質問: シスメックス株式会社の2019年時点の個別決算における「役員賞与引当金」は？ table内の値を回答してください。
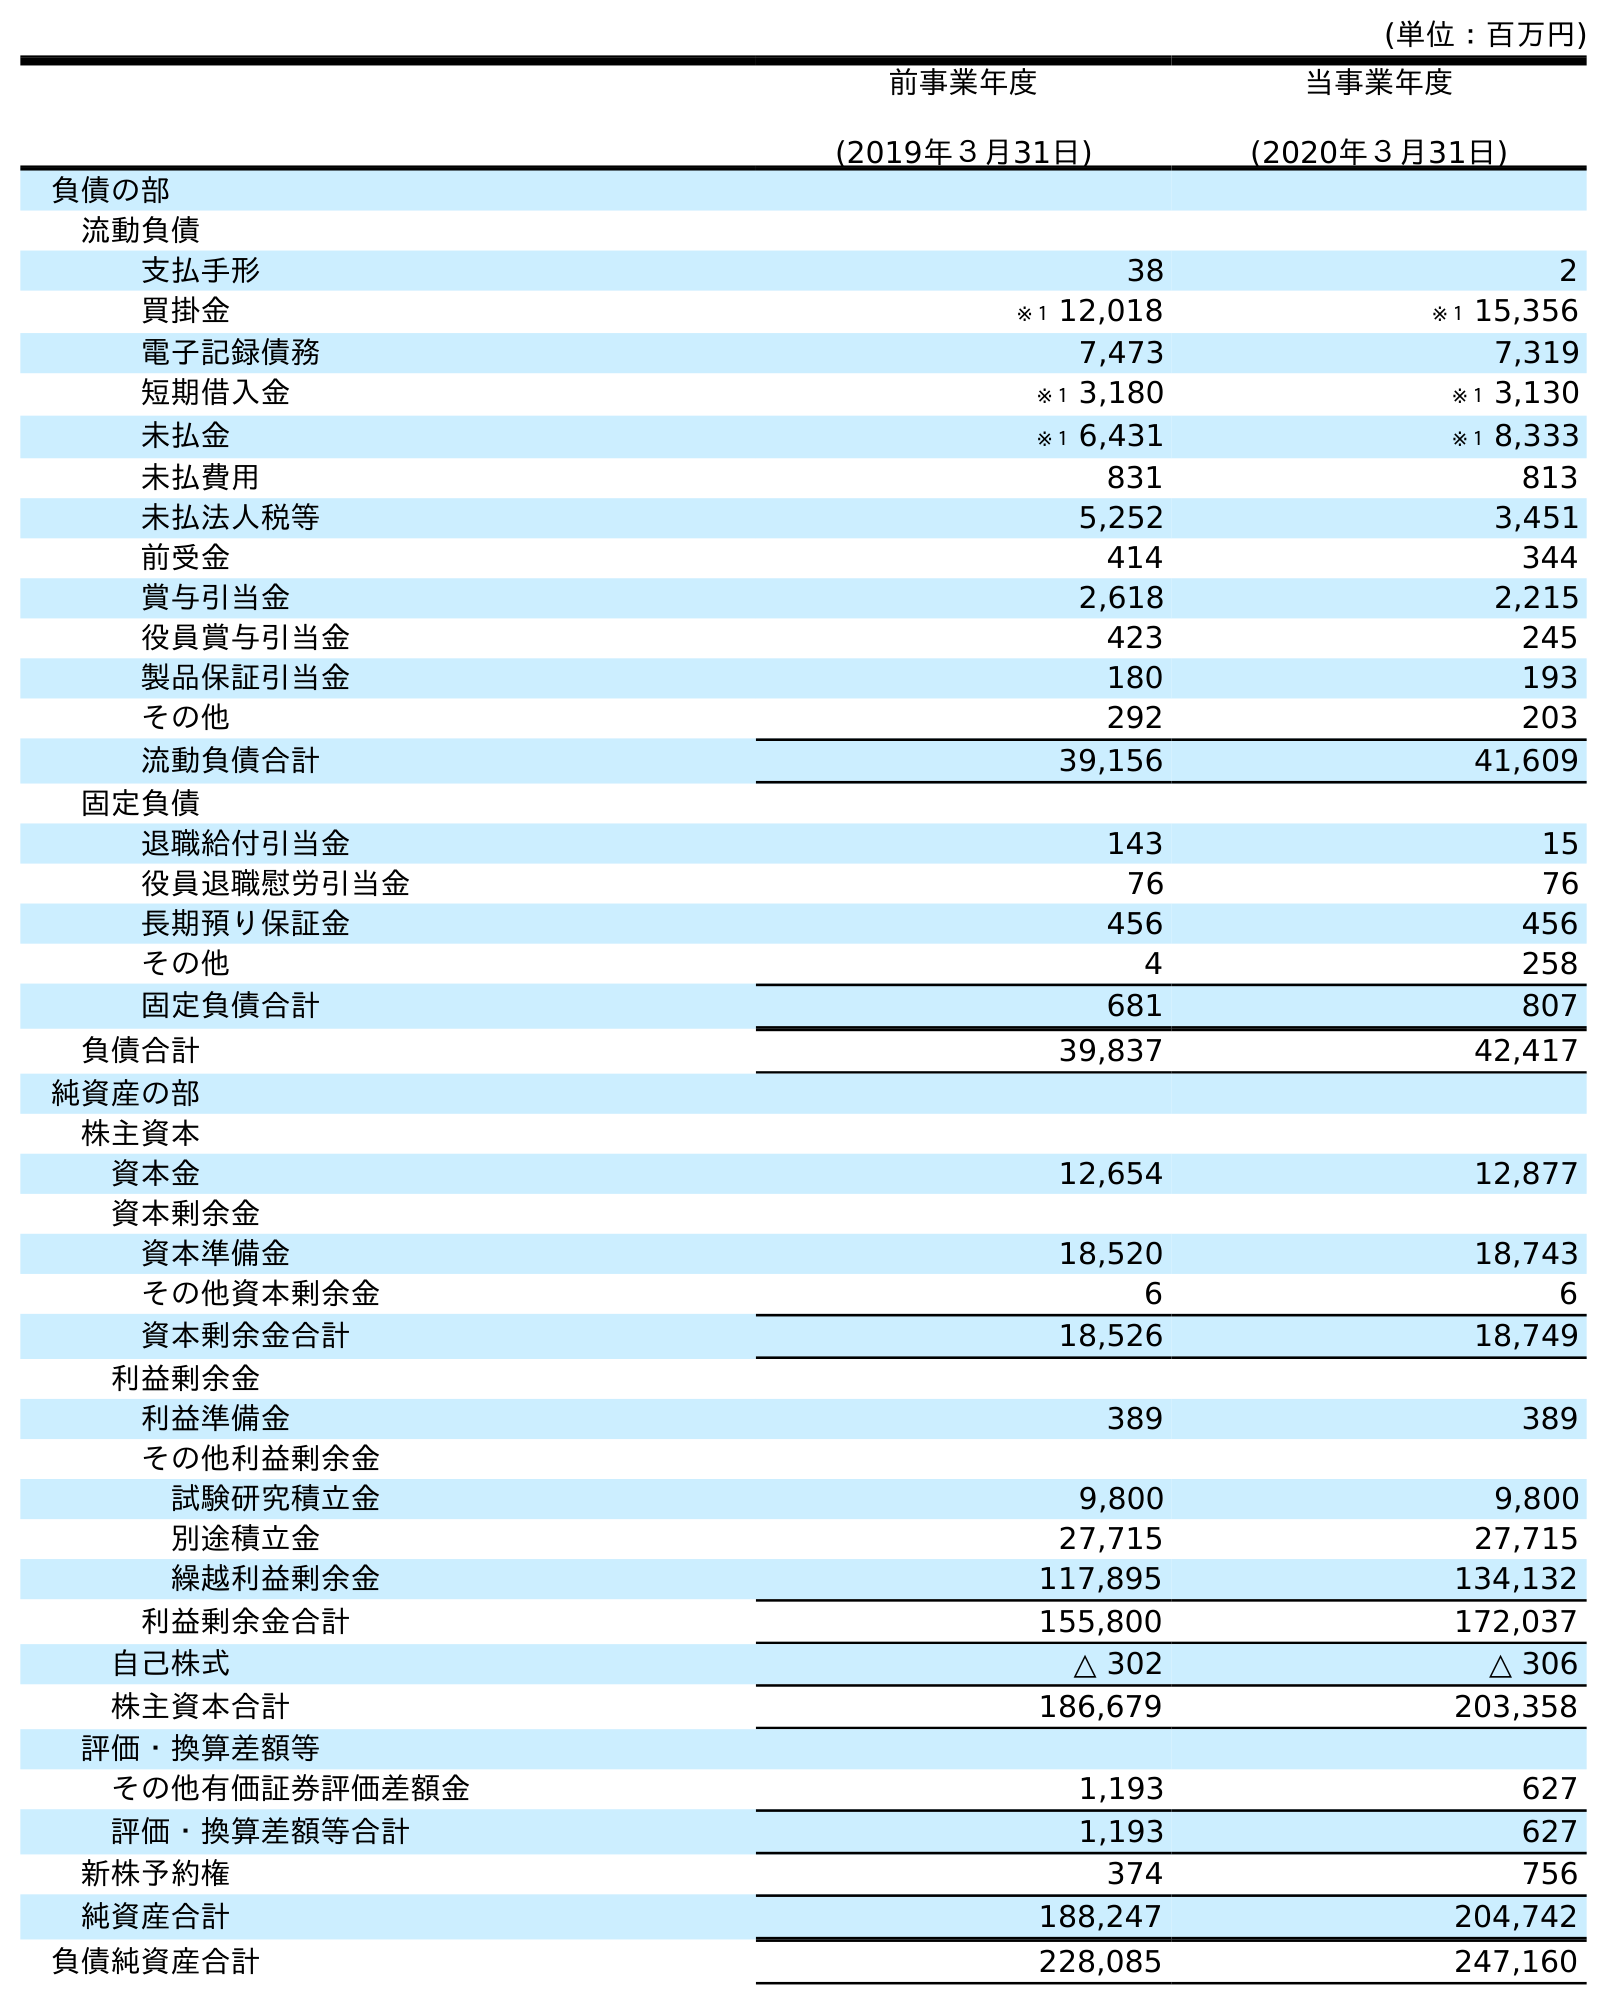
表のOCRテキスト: (単位：百万円) 前事業年度 (2019年３月31日) 当事業年度 (2020年３月31日) 負債の部 流動負債 支払手形 38 2 買掛金 ※１ 12,018 ※１ 15,356 電子記録債務 7,473 7,319 短期借入金 ※１ 3,180 ※１ 3,130 未払金 ※１ 6,431 ※１ 8,333 未払費用 831 813 未払法人税等 5,252 3,451 前受金 414 344 賞与引当金 2,618 2,215 役員賞与引当金 423 245 製品保証引当金 180 193 その他 292 203 流動負債合計 39,156 41,609 固定負債 退職給付引当金 143 15 役員退職慰労引当金 76 76 長期預り保証金 456 456 その他 4 258 固定負債合計 681 807 負債合計 39,837 42,417 純資産の部 株主資本 資本金 12,654 12,877 資本剰余金 資本準備金 18,520 18,743 その他資本剰余金 6 6 資本剰余金合計 18,526 18,749 利益剰余金 利益準備金 389 389 その他利益剰余金 試験研究積立金 9,800 9,800 別途積立金 27,715 27,715 繰越利益剰余金 117,895 134,132 利益剰余金合計 155,800 172,037 自己株式 △ 302 △ 306 株主資本合計 186,679 203,358 評価・換算差額等 その他有価証券評価差額金 1,193 627 評価・換算差額等合計 1,193 627 新株予約権 374 756 純資産合計 188,247 204,742 負債純資産合計 228,085 247,160
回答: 423